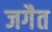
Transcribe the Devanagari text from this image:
जगैत